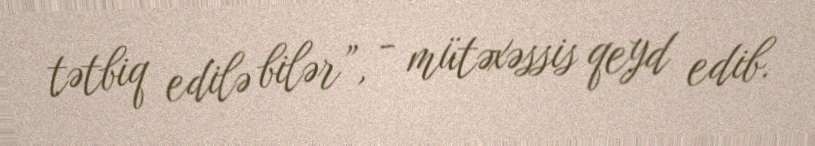
tətbiq edilə bilər”, - mütəxəssis qeyd edib.